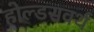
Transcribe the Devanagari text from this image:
होल्डसवर्थ